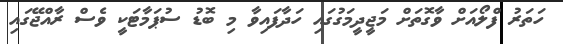
ހަތަރު ފްލޯއަށް ވާގޮތަށް މަޖީދީމަގުގައި ހަދާފައިވާ މި ބޮޑު ސުޕަމާޓަކީ ވެސް ރާއްޖޭގައި